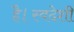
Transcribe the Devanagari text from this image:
है।स्वदेशी